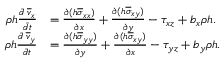
\begin{array} { r l } { \rho h \frac { \Bar { d } \; \overline { { v } } _ { x } } { \Bar { d t } } } & { = \frac { \partial ( h \overline { { \sigma } } _ { x x } ) } { \partial x } + \frac { \partial ( h \overline { { \sigma } } _ { x y } ) } { \partial y } - \tau _ { x z } + b _ { x } \rho h . } \\ { \rho h \frac { \Bar { d } \; \overline { { v } } _ { y } } { \Bar { d t } } } & { = \frac { \partial ( h \overline { { \sigma } } _ { y y } ) } { \partial y } + \frac { \partial ( h \overline { { \sigma } } _ { x y } ) } { \partial x } - \tau _ { y z } + b _ { y } \rho h . } \end{array}